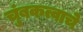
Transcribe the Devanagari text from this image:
चुंबकत्वाचे